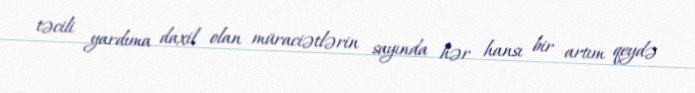
təcili yardıma daxil olan müraciətlərin sayında hər hansı bir artım qeydə